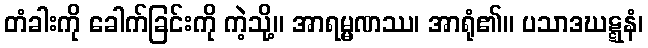
တံခါးကို ခေါက်ခြင်းကို ကဲ့သို့။ အာရမ္မဏဿ၊ အာရုံ၏။ ပသာဒဃဋ္ဋနံ၊